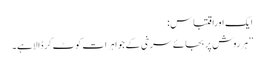
ایک اوراقتباس:
’’ہرروش پربجائے سرخی کے جواہرات کوٹ کرڈالاہے۔